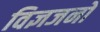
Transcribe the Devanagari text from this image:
विज्ञजनों